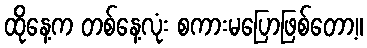
ထိုနေ့က တစ်နေ့လုံး စကားမပြောဖြစ်တော့။